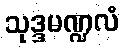
သုဒ္ဒမဏ္ဍလံ